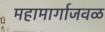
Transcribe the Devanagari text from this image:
महामार्गाजवळ